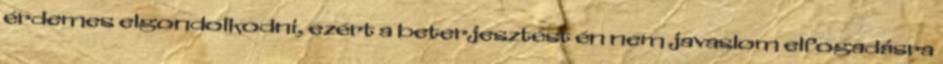
érdemes elgondolkodni, ezért a beterjesztést én nem javaslom elfogadásra